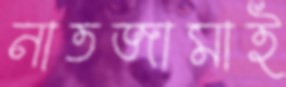
নাতজামাই